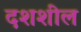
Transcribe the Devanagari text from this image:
दशशील